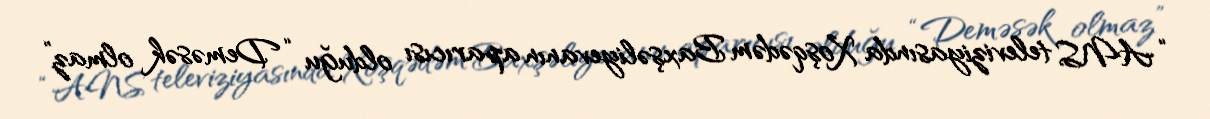
“ANS televiziyasında Xoşqədəm Baxşəliyevanın aparıcısı olduğu “Deməsək olmaz”